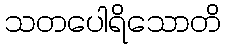
သတပေါရိသောတိ